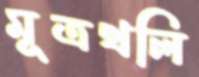
মূত্রথলি